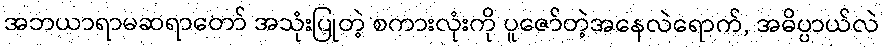
အဘယာရာမဆရာတော် အသုံးပြုတဲ့ စကားလုံးကို ပူဇော်တဲ့အနေလဲရောက်, အဓိပ္ပာယ်လဲ